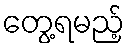
တွေ့ရမည့်